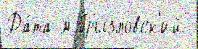
Да́та м Грызловск'ий